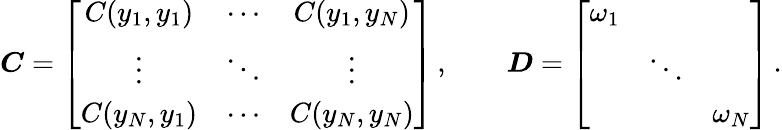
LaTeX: \boldsymbol C=\left[\begin{array}{ccc}{C(y_{1},y_{1})}&{\cdots}&{C(y_{1},y_{N})}\\ {\vdots}&{\ddots}&{\vdots}\\ {C(y_{N},y_{1})}&{\cdots}&{C(y_{N},y_{N})}\end{array}\right]\, ,\qquad\boldsymbol D=\left[\begin{array}{ccc}{\omega_{1}}&&\\ &{\ddots}&\\ &&{\omega_{N}}\end{array}\right]\, .